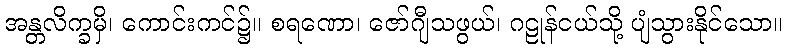
အန္တလိက္ခမှိ၊ ကောင်းကင်၌။ စရဏော၊ ဇော်ဂျီသဖွယ်၊ ဂဠုန်ငယ်သို့ ပျံသွားနိုင်သော။